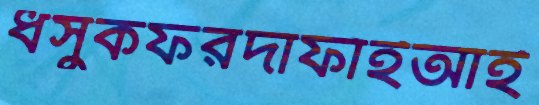
ধসুকফরদাফাঁইআই